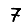
Digit: 7